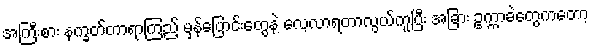
အကြီးစား နက္ခတ်တာရာကြည့် မှန်ပြောင်းတွေနဲ့ လေ့လာရတာလွယ်ကူပြီး အခြား ဥက္ကာခဲတွေကတော့